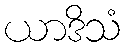
ယာဒိသံ